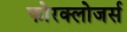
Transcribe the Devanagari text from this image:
फोरक्लोजर्स